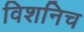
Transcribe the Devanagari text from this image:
विशनिच